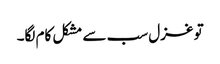
تو غزل سب سے مشکل کام لگا۔